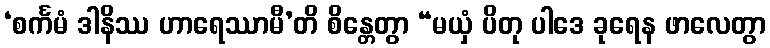
‘စင်္ကမံ ဒါနိဿ ဟာရေဿာမီ’တိ စိန္တေတွာ “မယှံ ပိတု ပါဒေ ခုရေန ဖာလေတွာ